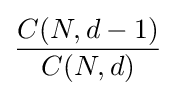
{\frac {C(N,d-1)}{C(N,d)}}